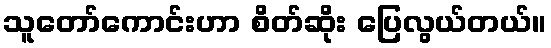
သူတော်ကောင်းဟာ စိတ်ဆိုး ပြေလွယ်တယ်။